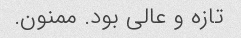
تازه و عالی بود. ممنون.